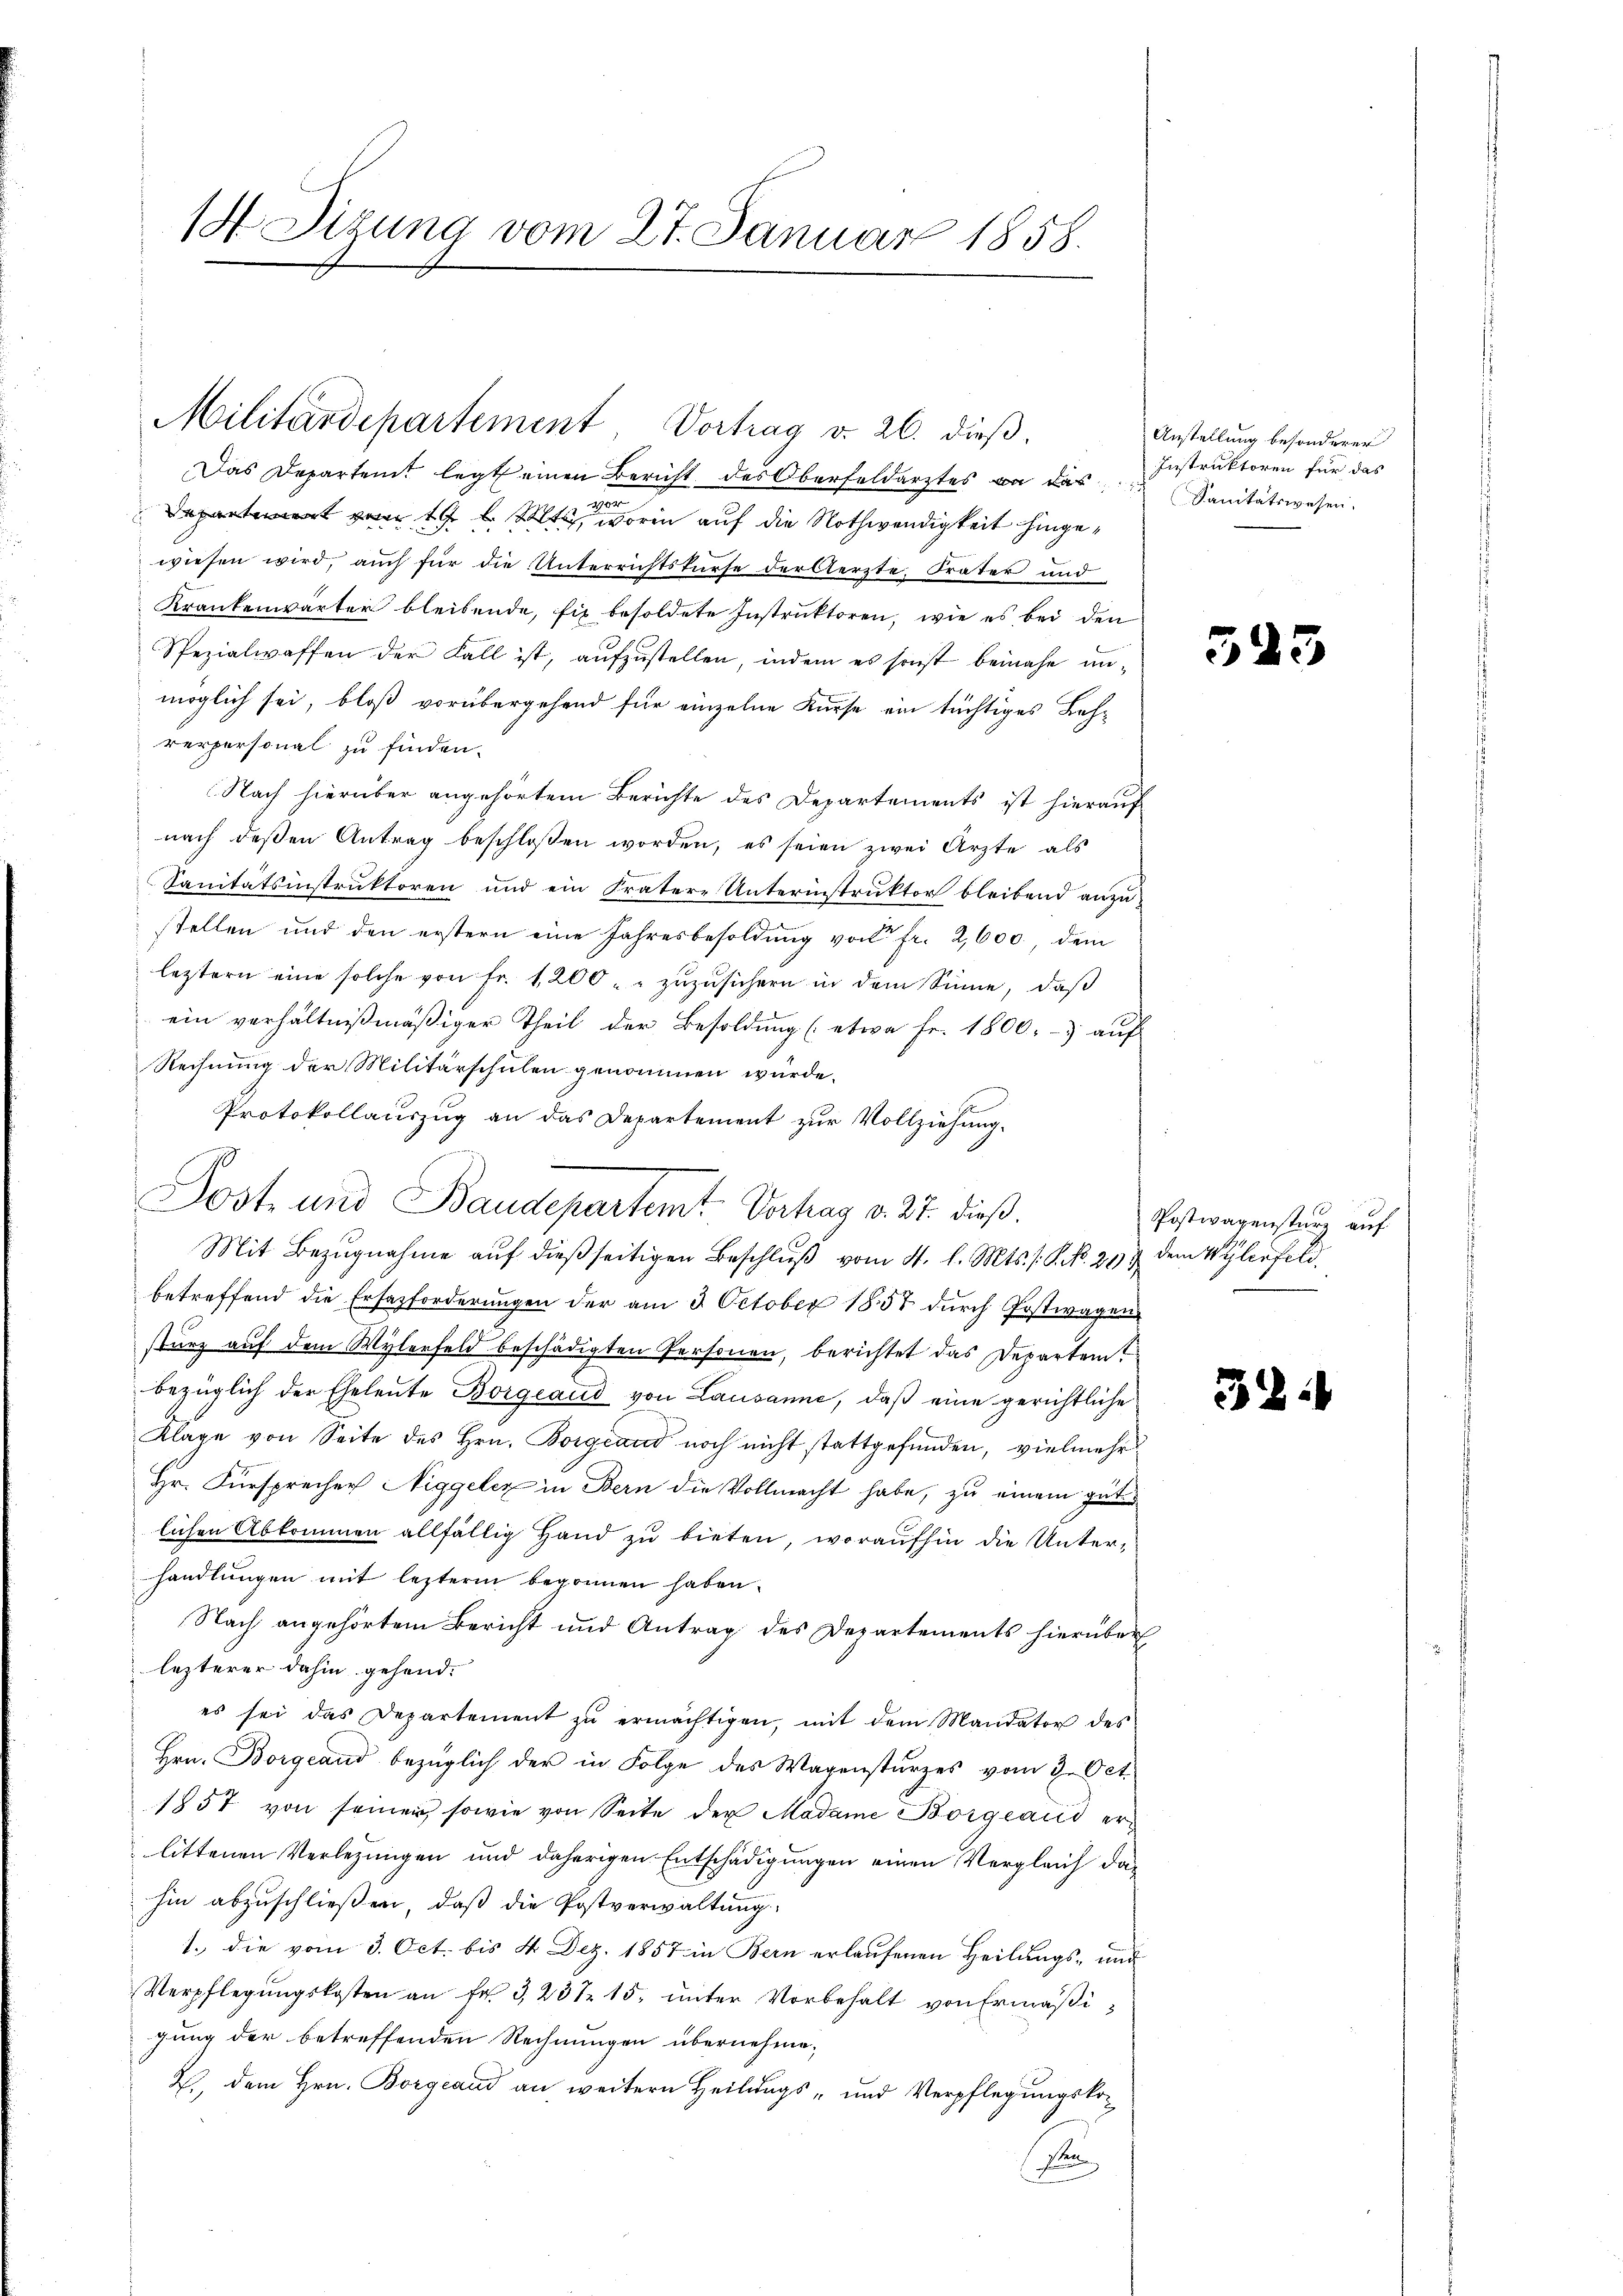
1 Sizung vom 27. Januar 1858.

Militärdepartement Vortrag v. 26. dieβ.

Das Departent legt einen Bericht des Oberfeldarztes an das
a
epartement vom 19 l. Mts., worin auf die Nothwendigkeit hingewiesen wird, auch für die Unterrichtskurse der Aerzte, Frater und
Krankenwärter bleibende, fix besoldete Instruktoren, wie es bei den
Spezialwaffen der Fall ist, aufzustellen, indem es sonst beinahe unmöglich sei, bloß vorübergehend für einzelne Kurse ein tüchtiges Lehrerpersonal zu finden.
Nach hierüber angehörtem Berichte des Departements ist hierauf
nach deßen Antrag beschloßen worden, es seien zwei Ärzte als
Sanitätsinstruktoren und ein Frätere Unterinstruktor bleibend anzustellen und den erstern eine Jahresbesoldung von Fr. 2,000, dem
leztern eine solche von fr. 1200. zŭzŭsichern in dem Sinne, daβ
ein verhältnißmäßiger Theil der Besoldung (etwa Fr. 1800.- aŭf
Rechnung der Militärschulen genommen würde.
Protokollauszug an das Departement zur Vollziehung.
Mit Bezŭgnahme aŭf dießseitigen Beschlŭβ vom 4. l. Mts. s. S. No. 297 dem Wylenfeld,
betreffend die Ersatzforderungen der am 3. October 1857 durch Postwagen
sturz auf dem Wylerfeld beschädigten Personen, berichtet das Departem
bezüglich der Eheleute Borgeaud von Lausanne, daβ eine gerichtliche
Klage von Seite des Hrn. Borgeand noch nicht stattgefunden, vielmehr
Hr. Fürsprechen Niggeler in Bern die Vollmacht habe, zu einem gute
lichen Abkommen allfällig Hand zu bieten, woraufhin die Unterhandlungen mit lezterm begonnen haben.
Nach angehörtem Bericht und Antrag des Departements hierüber
lezterer dahin gehend.
es sei das Departement zŭ ermächtigen, mit dem Mandator des
Hrn. Borgeand bezüglich der in Folge des Wagensturzes vom 3. Oct.
1857 von seinen sowie von Seite der Madame Borgeaud erlittenen Verlegungen und daherigen Entschädigungen einen Vergleich dahin abzuschließen, daß die Postverwaltung
1. die vom 3. Oct. bis 4. Dez. 1857 in Bern erlaufenen Heilungs- und
Verpflegŭngskosten an Fr. 3, 231 15. unter Vorbehalt von Ermäßigung der betreffenden Rechnungen übernehme,
2., dem Hrn. Borgeand an weitern Heilungs- und Verpflegungsko¬
Pen

Post und Baudepartemt. Verhag v. 27. dieß.

Anstellung besonderer
Instruktoren für das
Sanitätswesen.

523

Postwagensturz auf
e

38: